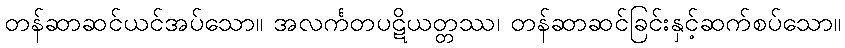
တန်ဆာဆင်ယင်အပ်သော။ အလင်္ကတပဋိယတ္တဿ၊ တန်ဆာဆင်ခြင်းနှင့်ဆက်စပ်သော။